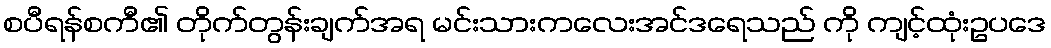
စပီရန်စကီ၏ တိုက်တွန်းချက်အရ မင်းသားကလေးအင်ဒရေသည် ကို ကျင့်ထုံးဥပဒေ